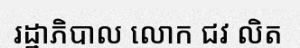
រដ្ឋាភិបាល លោក ជវ លិត